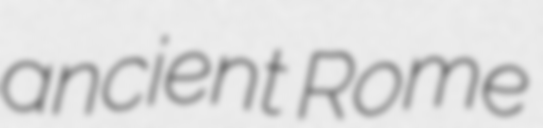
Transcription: ancient Rome